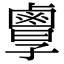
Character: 𪉲